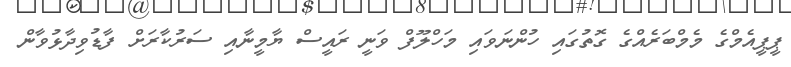
ޕީޕީއެމްގެ މެމްބަރެއްގެ ގޮތުގައި ހުންނަވައި މަހްލޫފް ވަނީ ރައީސް ޔާމީނާއި ސަރުކާރަށް ފާޑުވިދާޅުވާން